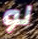
لو